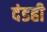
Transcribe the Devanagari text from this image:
दंडही